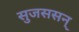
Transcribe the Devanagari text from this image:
सुजससन्